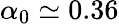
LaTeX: \alpha_{0}\simeq 0.36